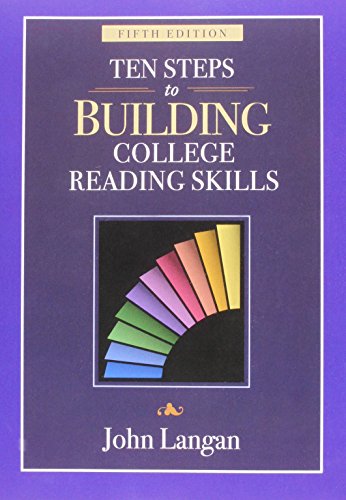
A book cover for Ten Steps to Building College Reading Skills; John Langan; Reference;